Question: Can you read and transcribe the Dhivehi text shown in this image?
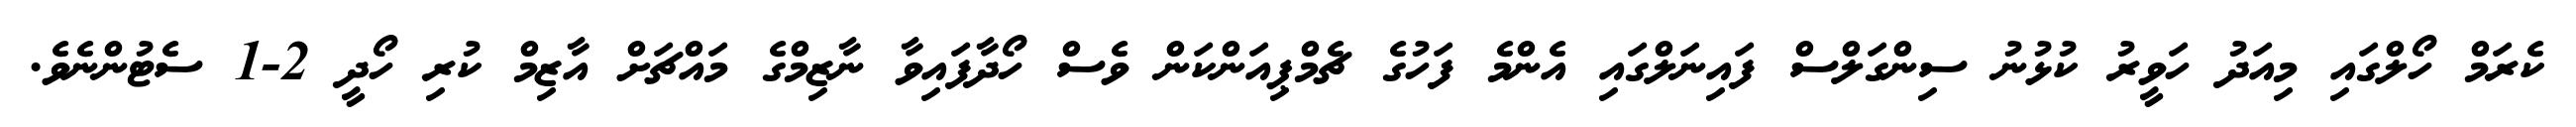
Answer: ކެރަމް ހޯލްގައި މިއަދު ހަވީރު ކުޅުނު ސިންގަލްސް ފައިނަލްގައި އެންމެ ފަހުގެ ޗެމްޕިއަންކަން ވެސް ހޯދާފައިވާ ނާޒިމްގެ މައްޗަށް އާޒިމް ކުރި ހޯދީ 2-1 ސެޓުންނެވެ.